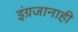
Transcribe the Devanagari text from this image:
इंग्रजानाही